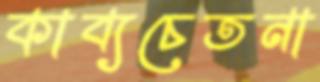
কাব্যচেতনা